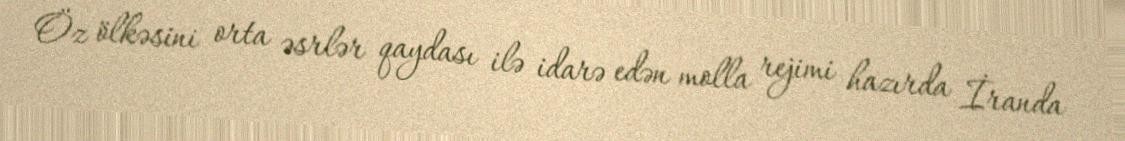
Öz ölkəsini orta əsrlər qaydası ilə idarə edən molla rejimi hazırda İranda